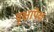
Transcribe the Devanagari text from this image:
वृक्षांपेक्ष